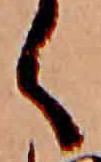
く